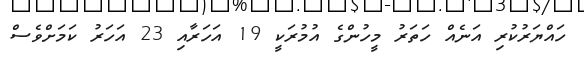
ހައްޔަރުކުރި އަނެއް ހަތަރު މީހުންގެ އުމުރަކީ 19 އަހަރާއި 23 އަހަރު ކަމަށްވެސް